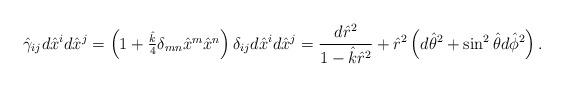
LaTeX: \begin{align*}\hat{\gamma}_{ij}d\hat{x}^id\hat{x}^j=\left(1+\textstyle{\hat{k}\over 4}\delta_{mn}\hat{x}^m\hat{x}^n\right)\delta_{ij}d\hat{x}^id\hat{x}^j={{d\hat{r}^2}\over{1-\hat{k}\hat{r}^2}}+\hat{r}^2\left(d\hat{\theta}^2+\sin^2\hat{\theta}d\hat{\phi}^2\right).\end{align*}